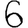
Digit: 6